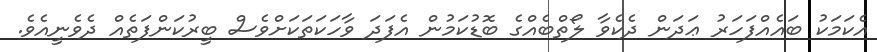
އެކަމަކު ބައެއްފަހަރު ޢަދަން ދެކެވާ ލޯތްބެއްގެ ބޮޑުކަމުން އެފަދަ ވާހަކަތަކަށްވެސް ބީރުކަންފަތެއް ދެވެނީއެވެ.